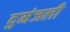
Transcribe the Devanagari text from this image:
दुमंजली